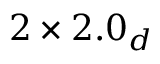
2 \times 2 . 0 _ { d }